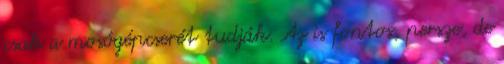
csak a mosógépcserét tudják. Az is fontos, persze, de